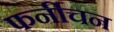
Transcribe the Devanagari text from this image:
फर्नीचन